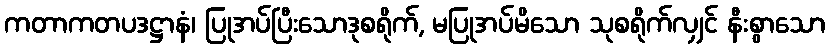
ကတာကတပဒဋ္ဌာနံ၊ ပြုအပ်ပြီးသောဒုစရိုက်, မပြုအပ်မိသော သုစရိုက်လျှင် နီးစွာသော